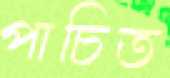
পাচিত